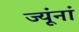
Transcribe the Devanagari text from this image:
ज्यूंनां